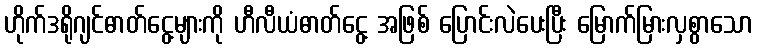
ဟိုက်ဒရိုဂျင်ဓာတ်ငွေ့များကို ဟီလီယံဓာတ်ငွေ့ အဖြစ် ပြောင်းလဲပေးပြီး မြောက်မြားလှစွာသော